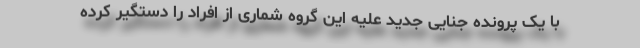
با یک پرونده جنایی جدید علیه این گروه شماری از افراد را دستگیر کرده